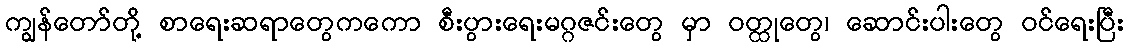
ကျွန်တော်တို့ စာရေးဆရာတွေကကော စီးပွားရေးမဂ္ဂဇင်းတွေ မှာ ဝတ္ထုတွေ၊ ဆောင်းပါးတွေ ဝင်ရေးပြီး